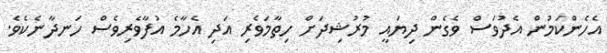
އެހެންކަމުން އެދުވަސް ވެގެން ދިޔައީ މުރުޝިދަށް ހިތާމަވެރި އަދި އެހާމެ އުފާވެރިވެސް ހަނދާނެކެވެ.